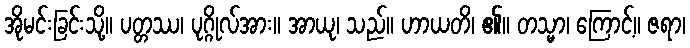
အိုမင်းခြင်းသို့။ ပတ္တဿ၊ ပုဂ္ဂိုလ်အား။ အာယု၊ သည်။ ဟာယတိ၊ ၏။ တသ္မာ၊ ကြောင့်။ ဇရာ၊